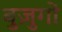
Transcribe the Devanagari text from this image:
बुज़ुगों